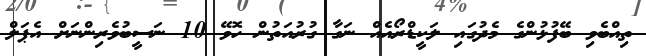
ތިއްބެވި ބޭފުޅުންގެ މެދުގައި ލަކީޑްރޯއެއް ނަގާ ގުރުއަތުން ހޮވޭ 10 ނަސީބުވެރިންނަށް އެޕަލް